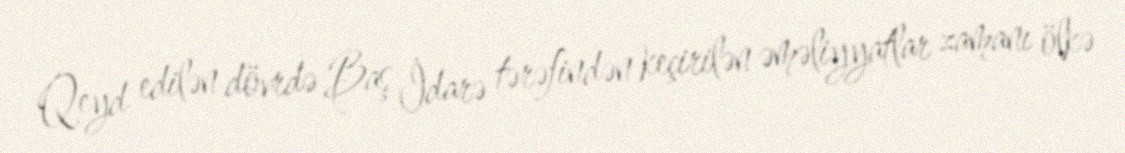
Qeyd edilən dövrdə Baş İdarə tərəfindən keçirilən əməliyyatlar zamanı ölkə